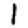
Digit: 1